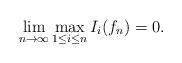
LaTeX: \begin{align*} \lim_{n \to \infty} \max_{1 \leq i \leq n} I_i(f_n) = 0. \end{align*}